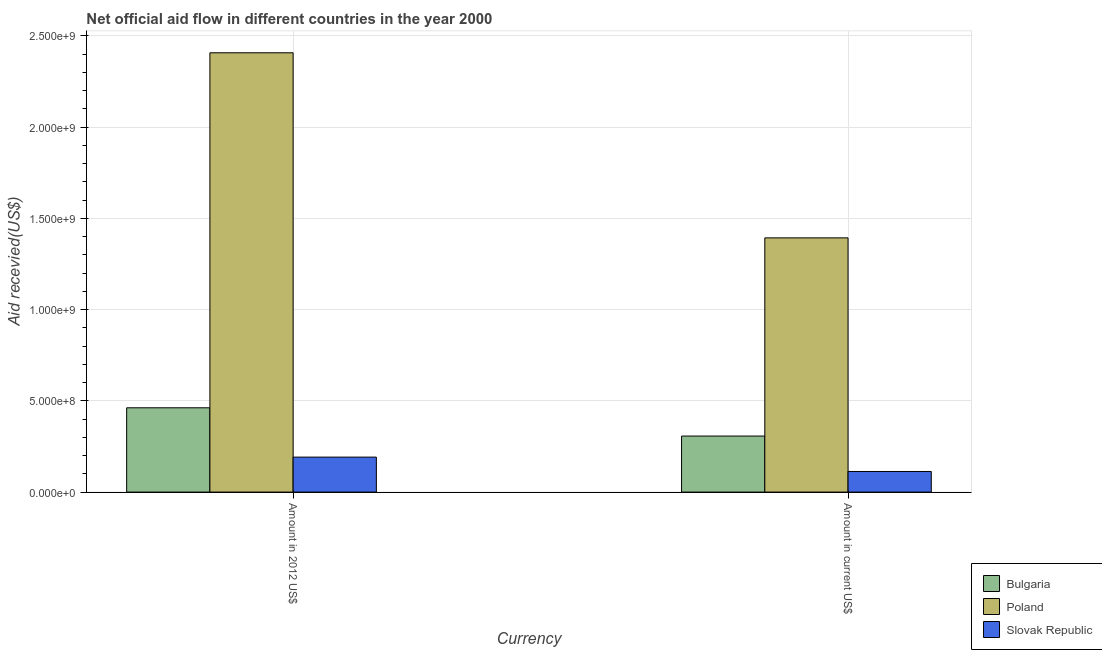
| Currency | Bulgaria | Poland | Slovak Republic |
 | --- | --- | --- | --- |
 | Amount in 2012 US$ | 4.62e+08 | 2.41e+09 | 1.92e+08 |
 | Amount in current US$ | 3.07e+08 | 1.39e+09 | 1.13e+08 |